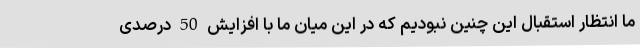
ما انتظار استقبال این چنین نبودیم که در این میان ما با افزایش 50 درصدی